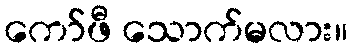
ကော်ဖီ သောက်မလား။